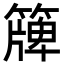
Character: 簰